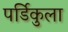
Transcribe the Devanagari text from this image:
पर्डिकुला